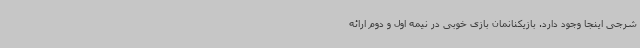
شرجی اینجا وجود دارد. بازیکنانمان بازی خوبی در نیمه اول و دوم ارائه